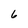
Character: 6